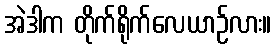
အဲဒါက တိုက်ရိုက်လေယာဉ်လား။